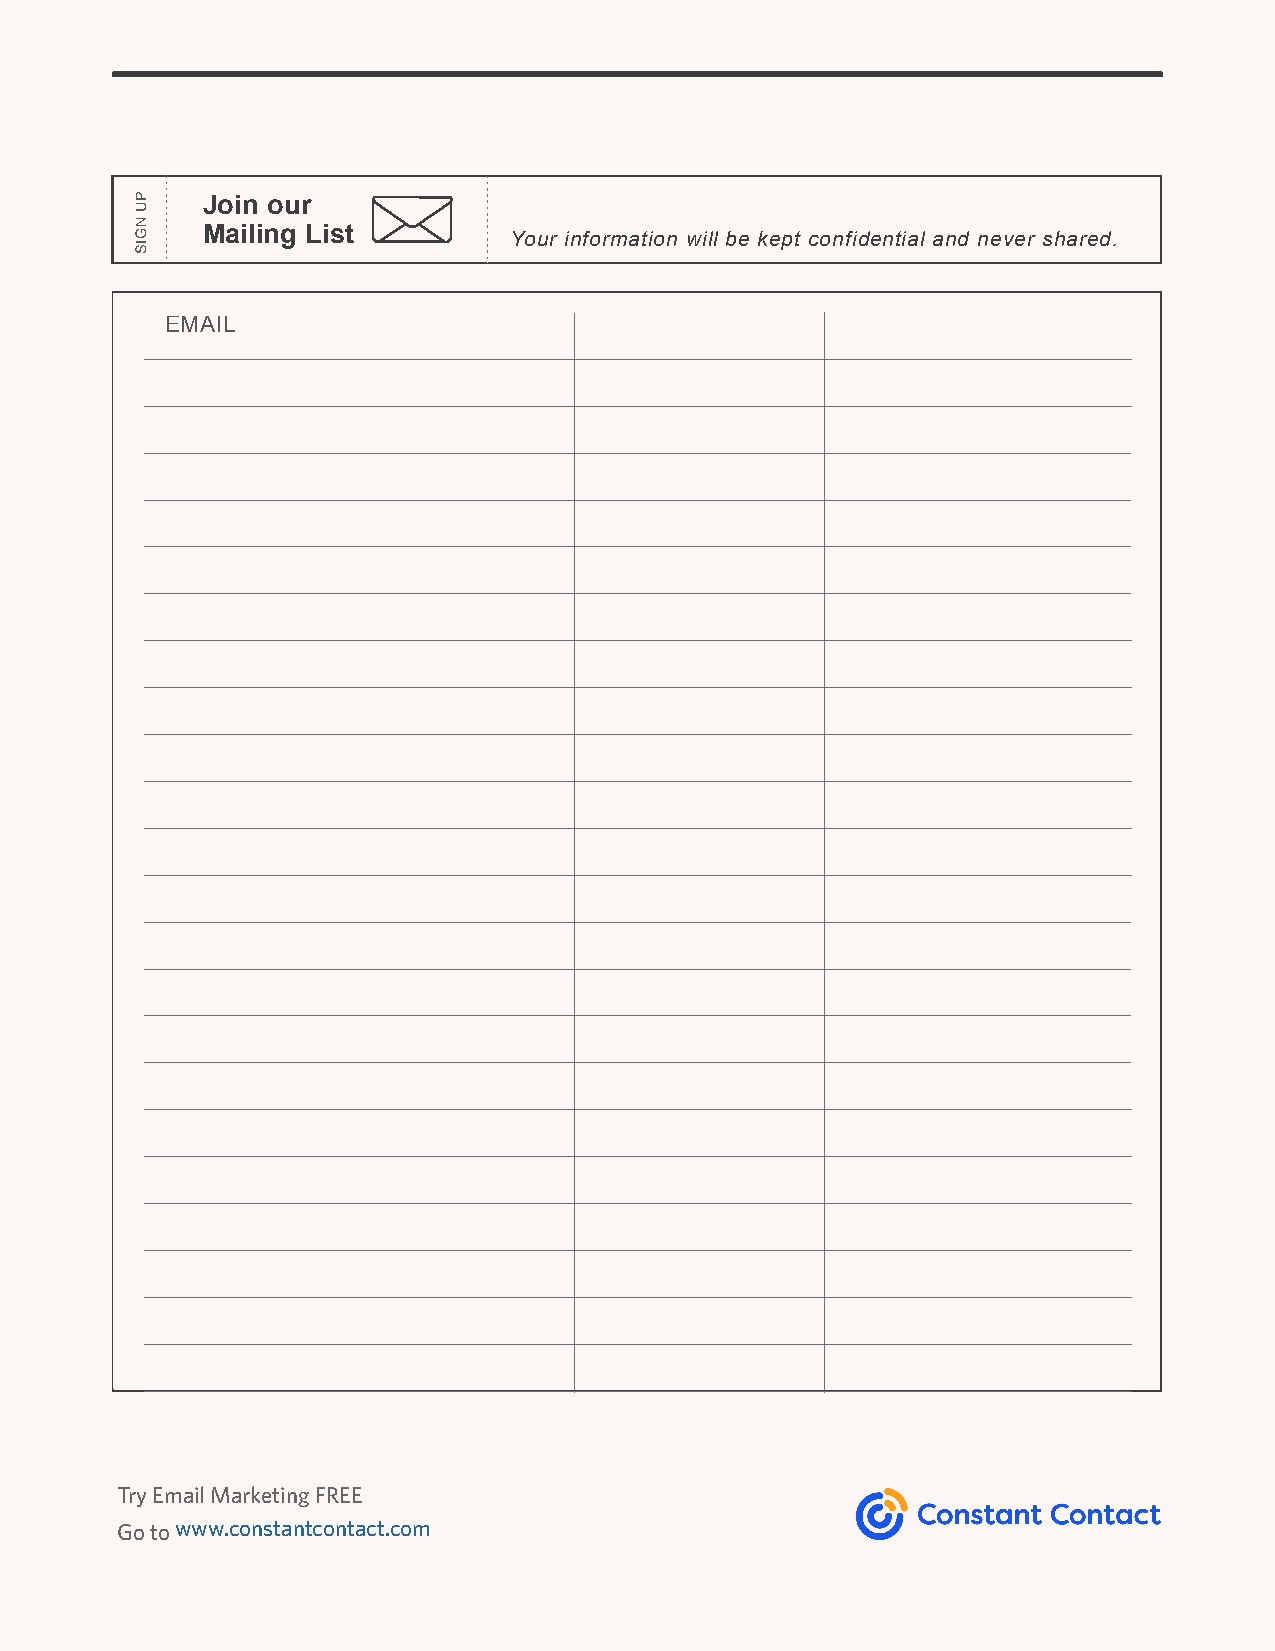
Join our
 Mailing List         Your information will be kept confidential and never shared.
 EMAIL
 Try Email Marketing FREE
 Go to www.constantcontact.com
 PU
 NGIS